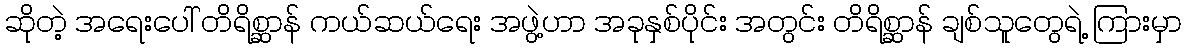
ဆိုတဲ့ အရေးပေါ် တိရိစ္ဆာန် ကယ်ဆယ်ရေး အဖွဲ့ဟာ အခုနှစ်ပိုင်း အတွင်း တိရိစ္ဆာန် ချစ်သူတွေရဲ့ ကြားမှာ